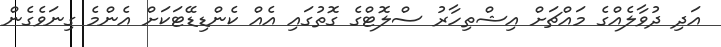
އަދި ދުވާލެއްގެ މައްޗަށް އިޝްތިހާރު ސްލޮޓްގެ ގޮތުގައި އެއް ކެންޑިޑޭޓަކަށް އެންމެ ގިނަވެގެން